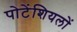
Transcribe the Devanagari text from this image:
पोटेंशियलों